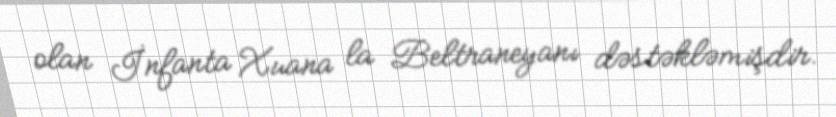
olan İnfanta Xuana la Beltraneyanı dəstəkləmişdir.